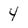
Character: 4